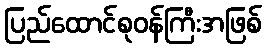
ပြည်ထောင်စုဝန်ကြီးအဖြစ်